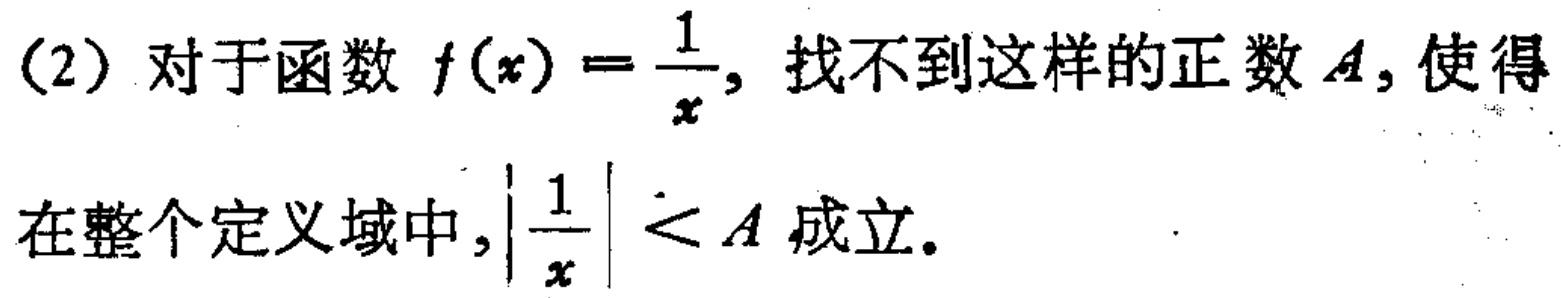
(2) 对于函数 \(f(x)=\frac{1}{x}\)，找不到这样的正数 \(A\)，使得在整个定义域中，\(\left|\frac{1}{x}\right|< A\) 成立。